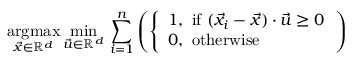
{ \underset { { \vec { x } } \in \mathbb { R } ^ { d } } { \operatorname { a r g m a x } } } \, { \underset { { \vec { u } } \in \mathbb { R } ^ { d } } { \min } } \, \sum _ { i = 1 } ^ { n } \left( { \left\{ \begin{array} { l l } { 1 , { \mathrm { ~ i f ~ } } ( { \vec { x } } _ { i } - { \vec { x } } ) \cdot { \vec { u } } \geq 0 } \\ { 0 , { \mathrm { ~ o t h e r w i s e } } } \end{array} \right. } \right)